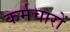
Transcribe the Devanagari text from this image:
कर्मचारों